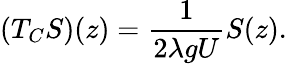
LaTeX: (T_{C}S)(z)=\frac{1}{2\lambda gU}S(z).